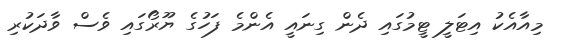
މިއާއެކު އިޓަލީ ޓީމުގައި ދެން ގިނައީ އެންމެ ފަހުގެ ޔޫރޯގައި ވެސް ވާދަކުރި